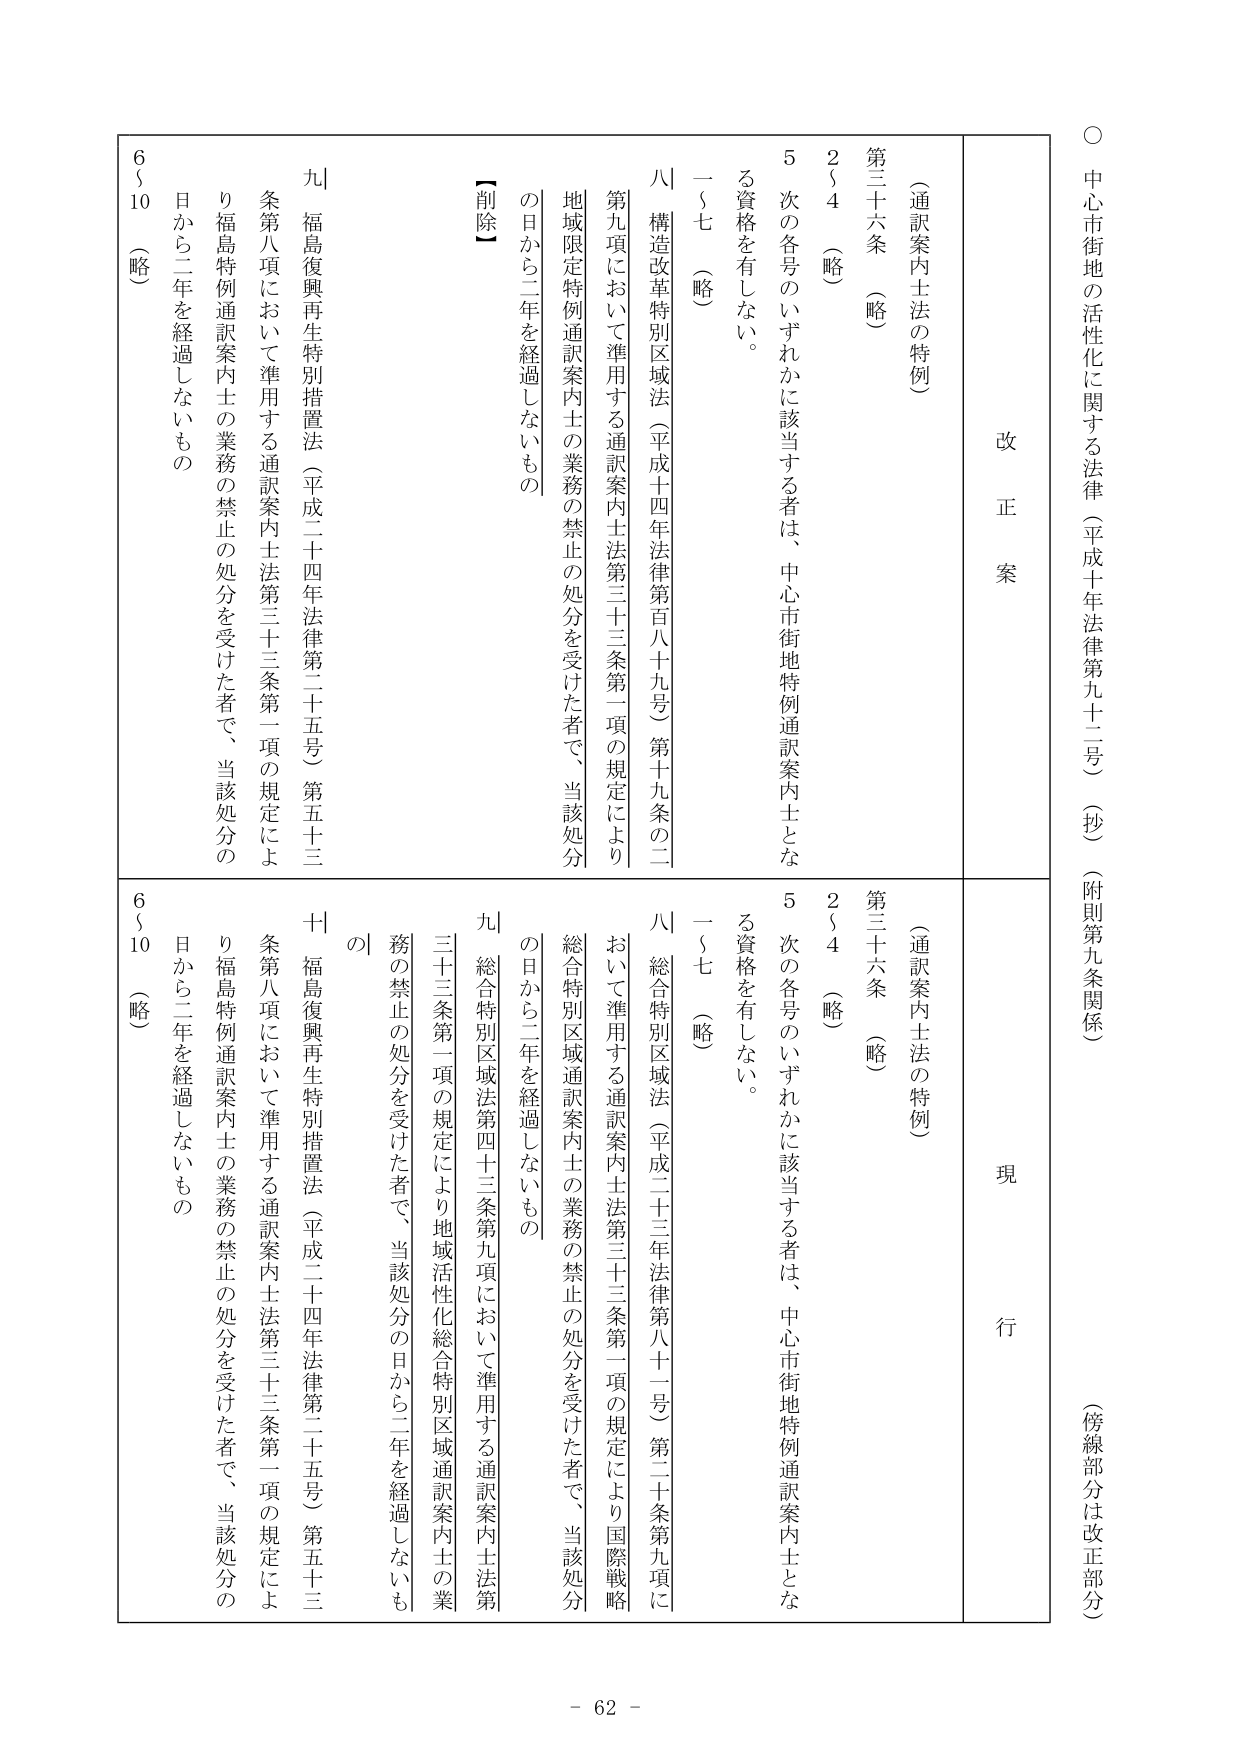
○ 中心市街地の活性化に関する法律（平成十年法律第九十二号）（抄）（附則第九条関係）（傍線部分は改正部分）

改正案

（通訳案内士法の特例）

第三十六条 （略）

２～４ （略）

５ 次の各号のいずれかに該当する者は、中心市街地特例通訳案内士となる資格を有しない。

一～七 （略）

八 構造改革特別区域法（平成十四年法律第百八十九号）第十九条の二第九項において準用する通訳案内士法第三十三条第一項の規定により地域限定特例通訳案内士の業務の禁止の処分を受けた者で、当該処分の日から二年を経過しないもの

【削除】

九 福島復興再生特別措置法（平成二十四年法律第二十五号）第五十三条第八項において準用する通訳案内士法第三十三条第一項の規定により福島特例通訳案内士の業務の禁止の処分を受けた者で、当該処分の日から二年を経過しないもの

６～10 （略）

現行

（通訳案内士法の特例）

第三十六条 （略）

２～４ （略）

５ 次の各号のいずれかに該当する者は、中心市街地特例通訳案内士となる資格を有しない。

一～七 （略）

八 総合特別区域法（平成二十三年法律第八十一号）第二十条第九項において準用する通訳案内士法第三十三条第一項の規定により国際戦略総合特別区域通訳案内士の業務の禁止の処分を受けた者で、当該処分の日から二年を経過しないもの

九 総合特別区域法第四十三条第九項において準用する通訳案内士法第三十三条第一項の規定により地域活性化総合特別区域通訳案内士の業務の禁止の処分を受けた者で、当該処分の日から二年を経過しないもの

十 福島復興再生特別措置法（平成二十四年法律第二十五号）第五十三条第八項において準用する通訳案内士法第三十三条第一項の規定により福島特例通訳案内士の業務の禁止の処分を受けた者で、当該処分の日から二年を経過しないもの

６～10 （略）

- 62 -